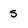
Character: s